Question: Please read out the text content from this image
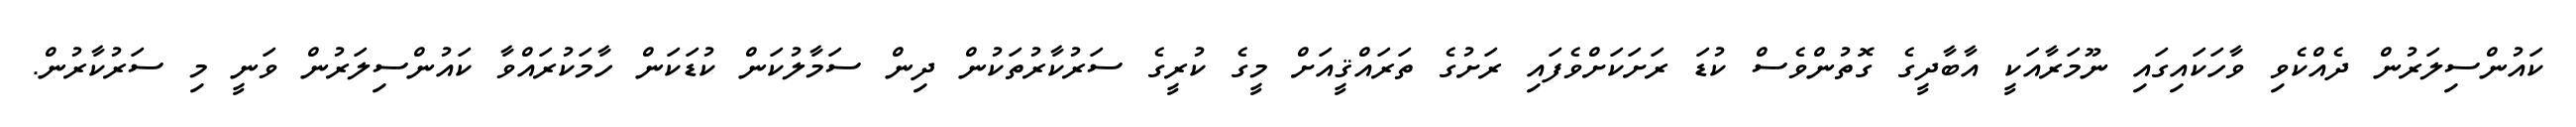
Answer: ކައުންސިލަރުން ދެއްކެވި ވާހަކައިގައި ނޫމަރާއަކީ އާބާދީގެ ގޮތުންވެސް ކުޑަ ރަށަކަށްވެފައި ރަށުގެ ތަރައްޤީއަށް މީގެ ކުރީގެ ސަރުކާރުތަކުން ދިން ސަމާލުކަން ކުޑަކަން ހާމަކުރައްވާ ކައުންސިލަރުން ވަނީ މި ސަރުކާރުން.